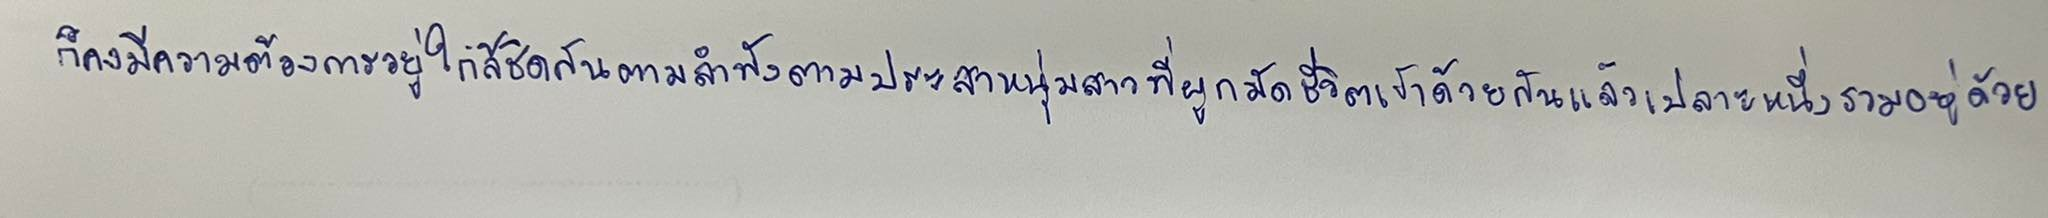
ก็คงมีความต้องการอยู่ใกล้ชิดกันตามลำพังตามประสาหนุ่มสาวที่ผูกมัดชีวิตเข้าด้วยกันแล้วเปลาะหนึ่งรวมอยู่ด้วย